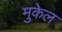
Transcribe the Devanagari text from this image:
मुकेल